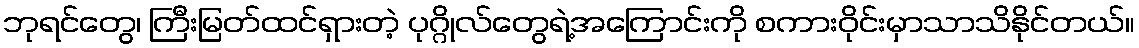
ဘုရင်တွေ၊ ကြီးမြတ်ထင်ရှားတဲ့ ပုဂ္ဂိုလ်တွေရဲ့အကြောင်းကို စကားဝိုင်းမှာသာသိနိုင်တယ်။